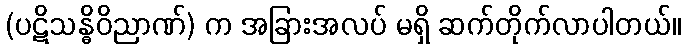
(ပဋိသန္ဓိဝိညာဏ်) က အခြားအလပ် မရှိ ဆက်တိုက်လာပါတယ်။